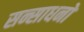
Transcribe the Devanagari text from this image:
सन्साधनों